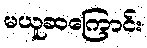
မယူဆကြောင်း